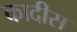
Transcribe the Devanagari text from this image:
कादीस